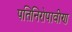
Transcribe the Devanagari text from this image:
पतिनिरोपावीण